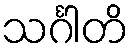
သင်္ဂါတိ